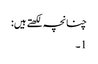
چنانچہ لکھتے ہیں:
1۔